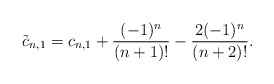
\begin{align*} \tilde{c}_{n,1}=c_{n,1}+\frac{(-1)^n}{(n+1)!}-\frac{2(-1)^n}{(n+2)!}.\end{align*}